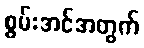
စွမ်းအင်အတွက်